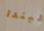
ليندا